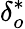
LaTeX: {\delta}_{o}^{*}